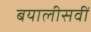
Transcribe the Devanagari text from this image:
बयालीसवीं